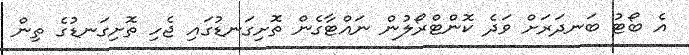
އެ ބޯޓު ބަނދަރަށް ވަދެ ކޮންޓްރޯލުން ނައްޓާގެން ތޮށިގަނޑުގައި ޖެހި ތޮށިގަނޑުގެ ތިން